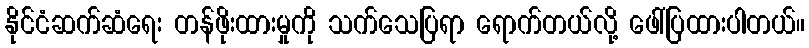
နိုင်ငံဆက်ဆံရေး တန်ဖိုးထားမှုကို သက်သေပြရာ ရောက်တယ်လို့ ဖေါ်ပြထားပါတယ်။